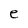
Character: e